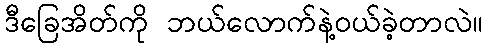
ဒီခြေအိတ်ကို ဘယ်လောက်နဲ့ဝယ်ခဲ့တာလဲ။